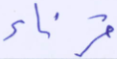
قرناء